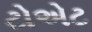
ટોએટ